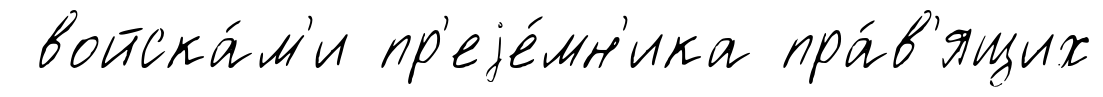
войска́м'и пр'еjе́мн'ика пра́в'ящих